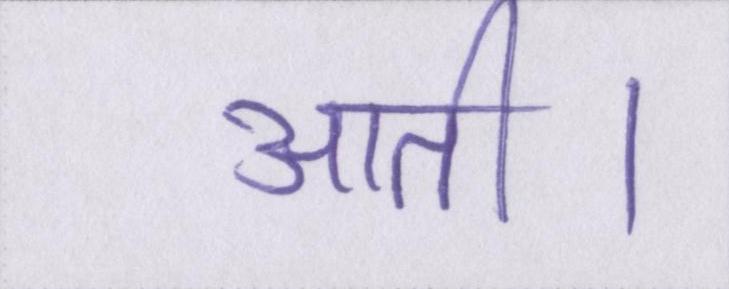
आती।